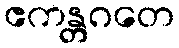
ဧကန္တဂတေ